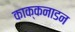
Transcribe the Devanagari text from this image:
काक्कनाडन